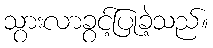
သွားလာခွင့်ပြုခဲ့သည်။